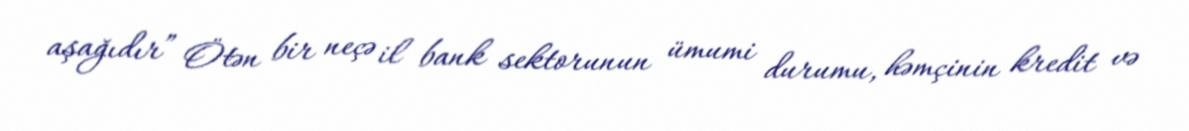
aşağıdır” Ötən bir neçə il bank sektorunun ümumi durumu, həmçinin kredit və